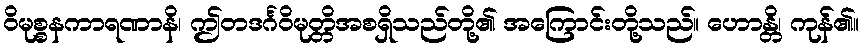
ဝိမုစ္စနကာရဏာနိ၊ ဤတဒင်္ဂဝိမုတ္တိအစရှိသည်တို့၏ အကြောင်းတို့သည်။ ဟောန္တိ၊ ကုန်၏။